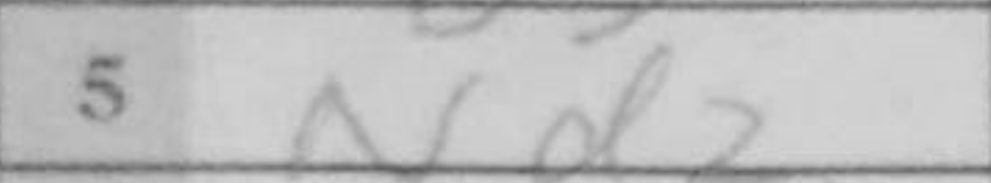
Transcription: Nd2